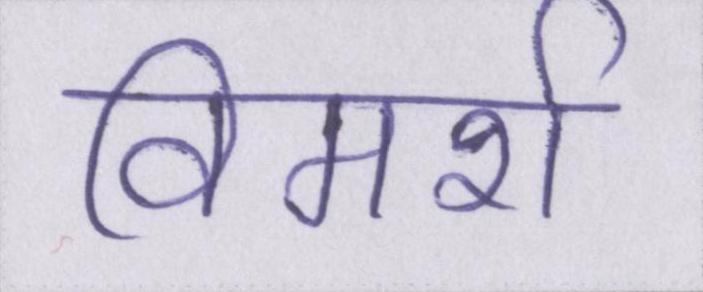
विमर्श